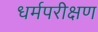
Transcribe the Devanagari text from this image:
धर्मपरीक्षण